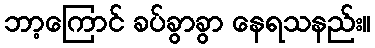
ဘာ့ကြောင် ခပ်ခွာခွာ နေရသနည်း။